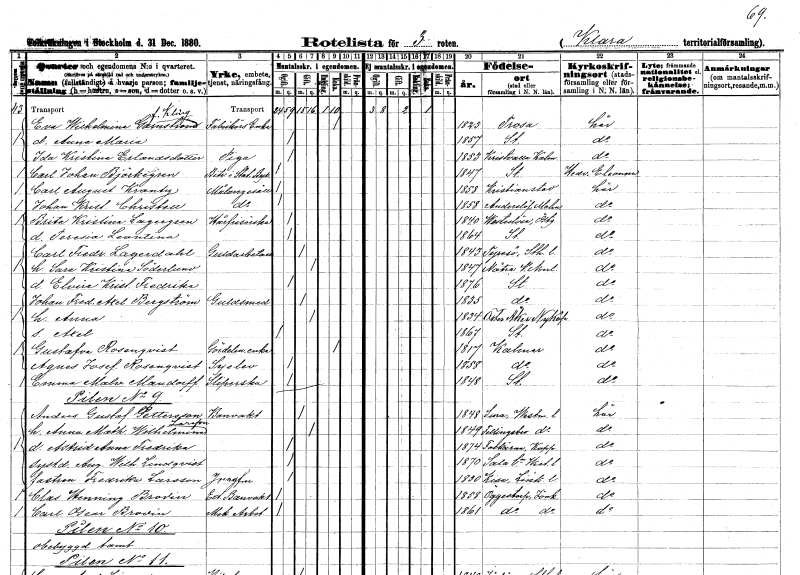
gt_parse: households: individuals: FN: Eva Wilhelmina
EN: Garnström Kling
YRKE: Fabrikörsänka
KON: K
CIV: E
FODAR: 1823
FODFORS: Trosa Södermanlands län
FN: Anna Maria
KON: K
CIV: O
FODAR: 1857
FODFORS: Stockholm
FN: Ida Kristina
EN: Erlandsdotter
YRKE: Piga
KON: K
CIV: O
FODAR: 1853
FODFORS: Kristvalla Kalmar län
FN: Carl Johan
EN: Björkegren
YRKE: Byråbiträde stat.
KON: M
CIV: O
FODAR: 1847
FODFORS: Stockholm
FN: Carl August
EN: Krantz
YRKE: Målaregesäll
KON: M
CIV: O
FODAR: 1858
FODFORS: Kristianstad Kristianstads län
FN: Johan Kristian
EN: Christell
YRKE: Målaregesäll
KON: M
CIV: O
FODAR: 1858
FODFORS: Anderslöv Malmöhus län
FN: Brita Kristina
EN: Lagergren
YRKE: Hårfrisörska
KON: K
CIV: O
FODAR: 1840
FODFORS: Västerlösa Östergötlands län
FN: Teresia Leontina
KON: K
CIV: O
FODAR: 1864
FODFORS: Stockholm
FN: Carl Fredrik
EN: Lagerdahl
YRKE: Guldarbetare
KON: M
CIV: G
FODAR: 1843
FODFORS: Tyresö Stockholms län
FN: Sara Kristina
EN: Söderlund
KON: K
CIV: G
FODAR: 1847
FODFORS: Nätra Västernorrlands län
FN: Elvira Kristina Fredrika
KON: K
CIV: O
FODAR: 1876
FODFORS: Stockholm
FN: Johan Fredrik Axel
EN: Bergström
YRKE: Guldsmed
KON: M
CIV: G
FODAR: 1835
FODFORS: Stockholm
FN: Anna
KON: K
CIV: G
FODAR: 1834
FODFORS: Österåker Södermanlands län
FN: Axel
KON: M
CIV: O
FODAR: 1867
FODFORS: Stockholm
FN: Gustafva
EN: Rosenqvist
YRKE: Gördelmakareänka
KON: K
CIV: E
FODAR: 1817
FODFORS: Kalmar Kalmar län
FN: Agnes Josefina
EN: Rosenqvist
YRKE: Syelev
KON: K
CIV: O
FODAR: 1858
FODFORS: Kalmar Kalmar län
FN: Emma Malvina
EN: Mandorff
YRKE: Sliperska
KON: K
CIV: O
FODAR: 1848
FODFORS: Stockholm
FN: Anders Gustaf
EN: Pettersson
YRKE: Banvaktare
KON: M
CIV: G
FODAR: 1848
FODFORS: Sura Västmanlands län
FN: Anna Mathilda Wilhelmina
EN: Larsson
KON: K
CIV: G
FODAR: 1849
FODFORS: Fellingsbro Örebro län
FN: Astrid Anna Fredrika
KON: K
CIV: O
FODAR: 1874
FODFORS: Folkärna Kopparbergs län
FN: Augusta Wilhelmina
EN: Lindqvist
KON: K
CIV: O
FODAR: 1870
FODFORS: Sala landsförsamling Västmanlands län
FN: Fredrika
EN: Larsson
YRKE: Jungfru
KON: K
CIV: O
FODAR: 1830
FODFORS: Kisa Östergötlands län
FN: Clas Henning
EN: Brodin
YRKE: Banvaktare ext.
KON: M
CIV: O
FODAR: 1858
FODFORS: Öggestorp Jönköpings län
FN: Carl Oscar
EN: Brodin
YRKE: Mekanikerarbetare
KON: M
CIV: O
FODAR: 1861
FODFORS: Öggestorp Jönköpings län